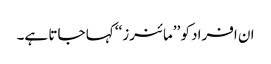
ان افراد کو ’’مائنرز‘‘ کہا جاتا ہے۔